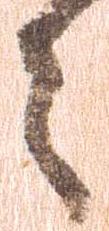
々